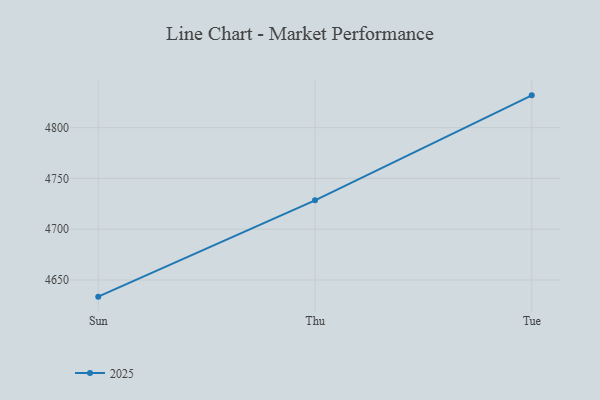
{"axis": {"x": "Day", "y": "Inventory Turnover"}, "legend": ["2025"], "data": [{"x": "Sun", "y": 4633.6, "type": "2025"}, {"x": "Thu", "y": 4728.4, "type": "2025"}, {"x": "Tue", "y": 4831.8, "type": "2025"}]}